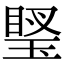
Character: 𤦼